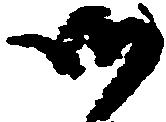
御